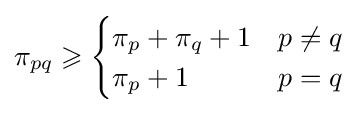
\pi _{pq}\geqslant {\begin{cases}\pi _{p}+\pi _{q}+1&p\neq q\\\pi _{p}+1&p=q\end{cases}}